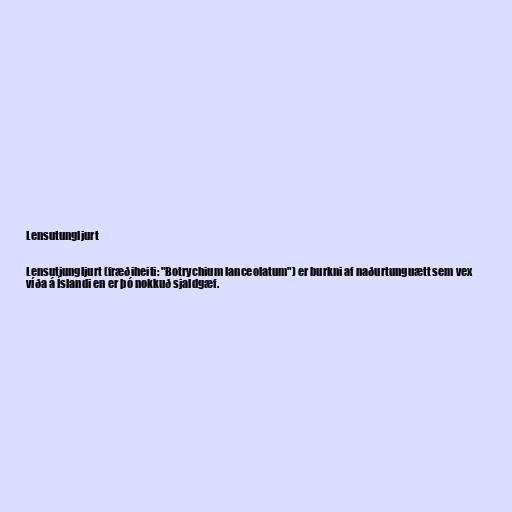
Lensutungljurt

Lensutjungljurt (fræðiheiti: "Botrychium lanceolatum") er burkni af naðurtunguætt sem vex
víða á Íslandi en er þó nokkuð sjaldgæf.